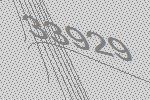
33929